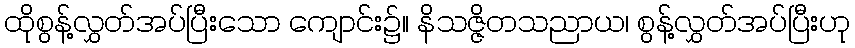
ထိုစွန့်လွှတ်အပ်ပြီးသော ကျောင်း၌။ နိသဇ္ဇိတသညာယ၊ စွန့်လွှတ်အပ်ပြီးဟု